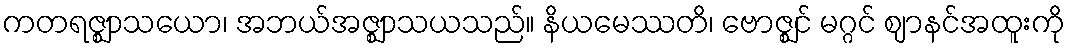
ကတရဇ္ဈာသယော၊ အဘယ်အဇ္ဈာသယသည်။ နိယမေဿတိ၊ ဗောဇ္ဈင် မဂ္ဂင် ဈာနင်အထူးကို